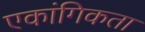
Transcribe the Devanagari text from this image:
एकांगिकता